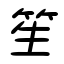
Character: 笙